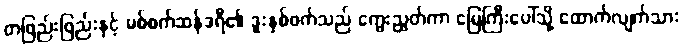
တဖြည်းဖြည်းနှင့် မစ်စက်ဆန်ဒရီ၏ ဒူးနှစ်ဖက်သည် ကွေးညွှတ်ကာ မြေကြီးပေါ်သို့ ထောက်လျက်သား